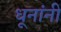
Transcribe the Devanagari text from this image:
धूनांनी